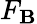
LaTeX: F_{\mathbf{B}}